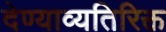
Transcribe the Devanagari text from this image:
देण्याव्यतिरिक्त